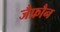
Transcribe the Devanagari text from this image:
जैफ्रौन